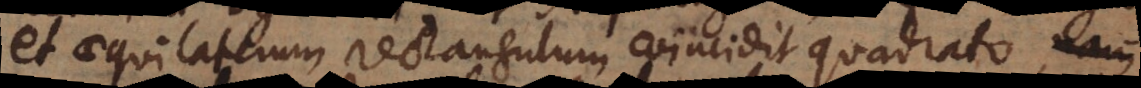
et aequilaterum rectangulum coincidit quadrato. H